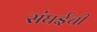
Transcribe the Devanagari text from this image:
संघईची